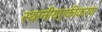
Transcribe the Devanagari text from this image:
स्थानीयएकीकरण